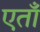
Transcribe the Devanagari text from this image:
एताँ